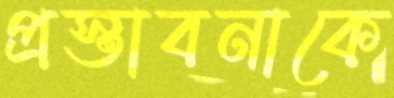
প্রস্তাবনাকে